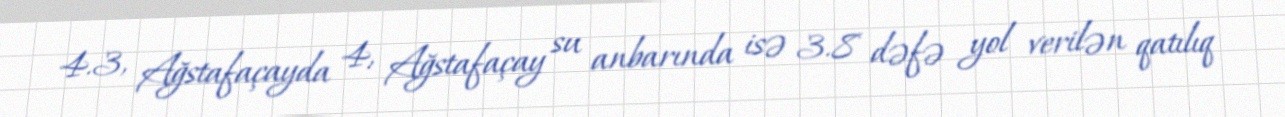
4.3, Ağstafaçayda 4, Ağstafaçay su anbarında isə 3.8 dəfə yol verilən qatılıq